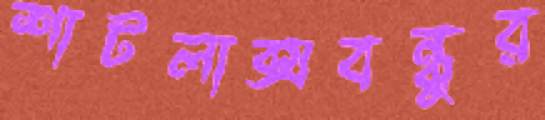
শাটলাক্সবন্ধুর